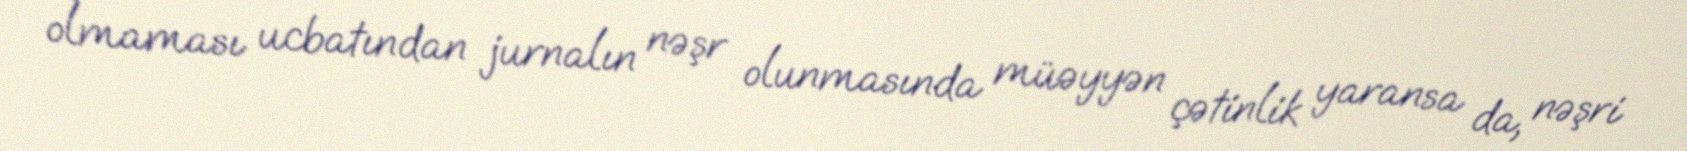
olmaması ucbatından jurnalın nəşr olunmasında müəyyən çətinlik yaransa da, nəşri